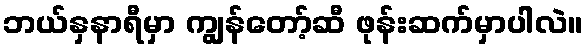
ဘယ်နှနာရီမှာ ကျွန်တော့်ဆီ ဖုန်းဆက်မှာပါလဲ။